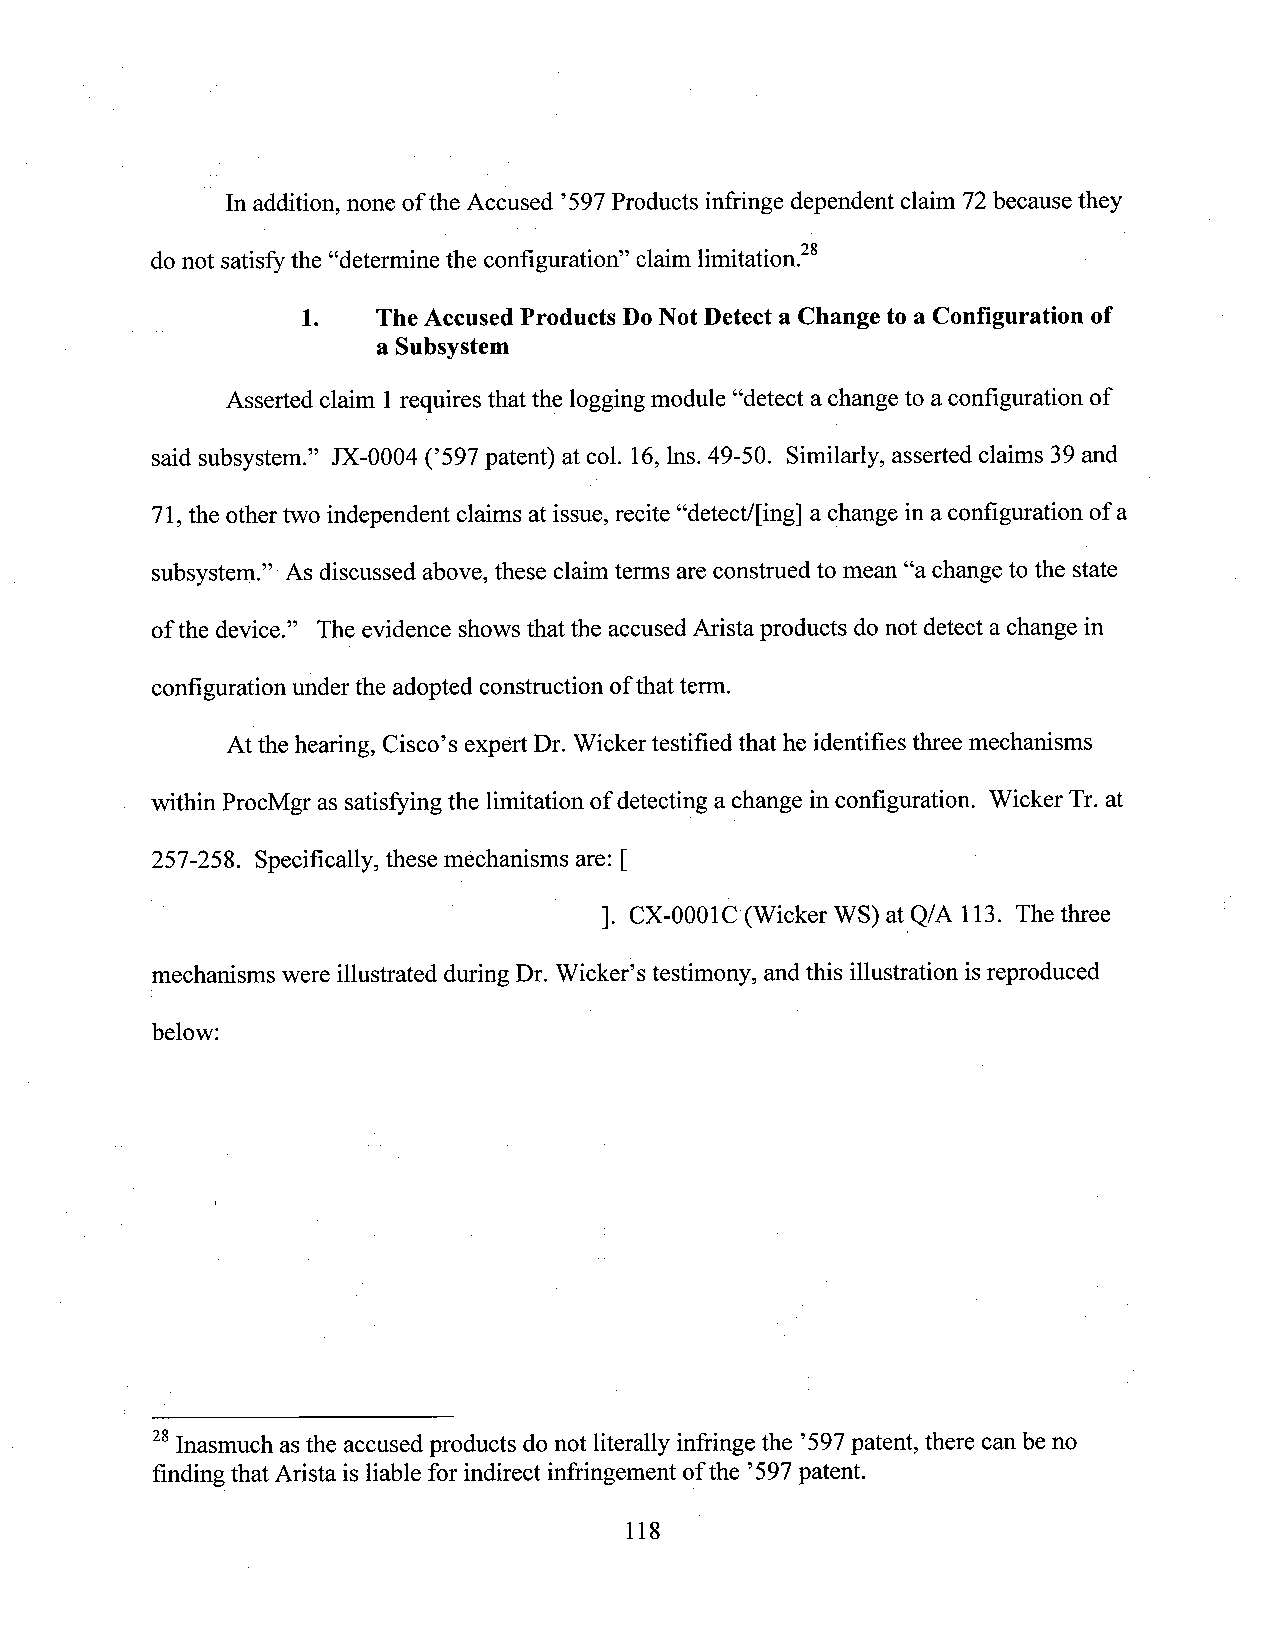
In addition, none of the Accused ’597Products infringe dependent claim 72because they
 do not satisfythe “determine the configuration” claim limitation.” ­
 1.   The Accused Products DoNotDetect a Change to a Configuration of
 a Subsystem
 Asserted claim 1requires that the loggingmodule “detect a change to aconfiguration of
 said subsystem.” JX-0004 (’597 patent) at col. 16,lns. 49-50. Similarly, asserted claims 39 and
 71,the othertwo independent claims at issue, recite “detect/[ing] a change in a configuration of a
 subsystem.” As discussed above, these claim terms are construed to mean “achange to the state
 ofthe device.” The evidence shows that the accused Arista products donot detect achange in
 configuration underthe adopted construction ofthatterm.
 Atthe hearing, Cisco’s expert Dr. Wicker testified that he identifies three mechanisms
 within ProcMgras satisfying the limitation ofdetecting achange in configuration. Wicker Tr. at
 257-258. Specifically, these mechanisms are: [
 1. cx-0001c (Wickerws) atvQ/A113. Thethree
 mechanisms were illustrated during Dr. Wicker’s testimony, andthis illustration isreproduced
 below:
 28Inasmuch asthe accused products do not literally infringe the ’597patent, there can be no
 finding that Arista is liable for indirect infringement ofthe ’597patent.
 118